Trukikaitis_Postimees, lk 62
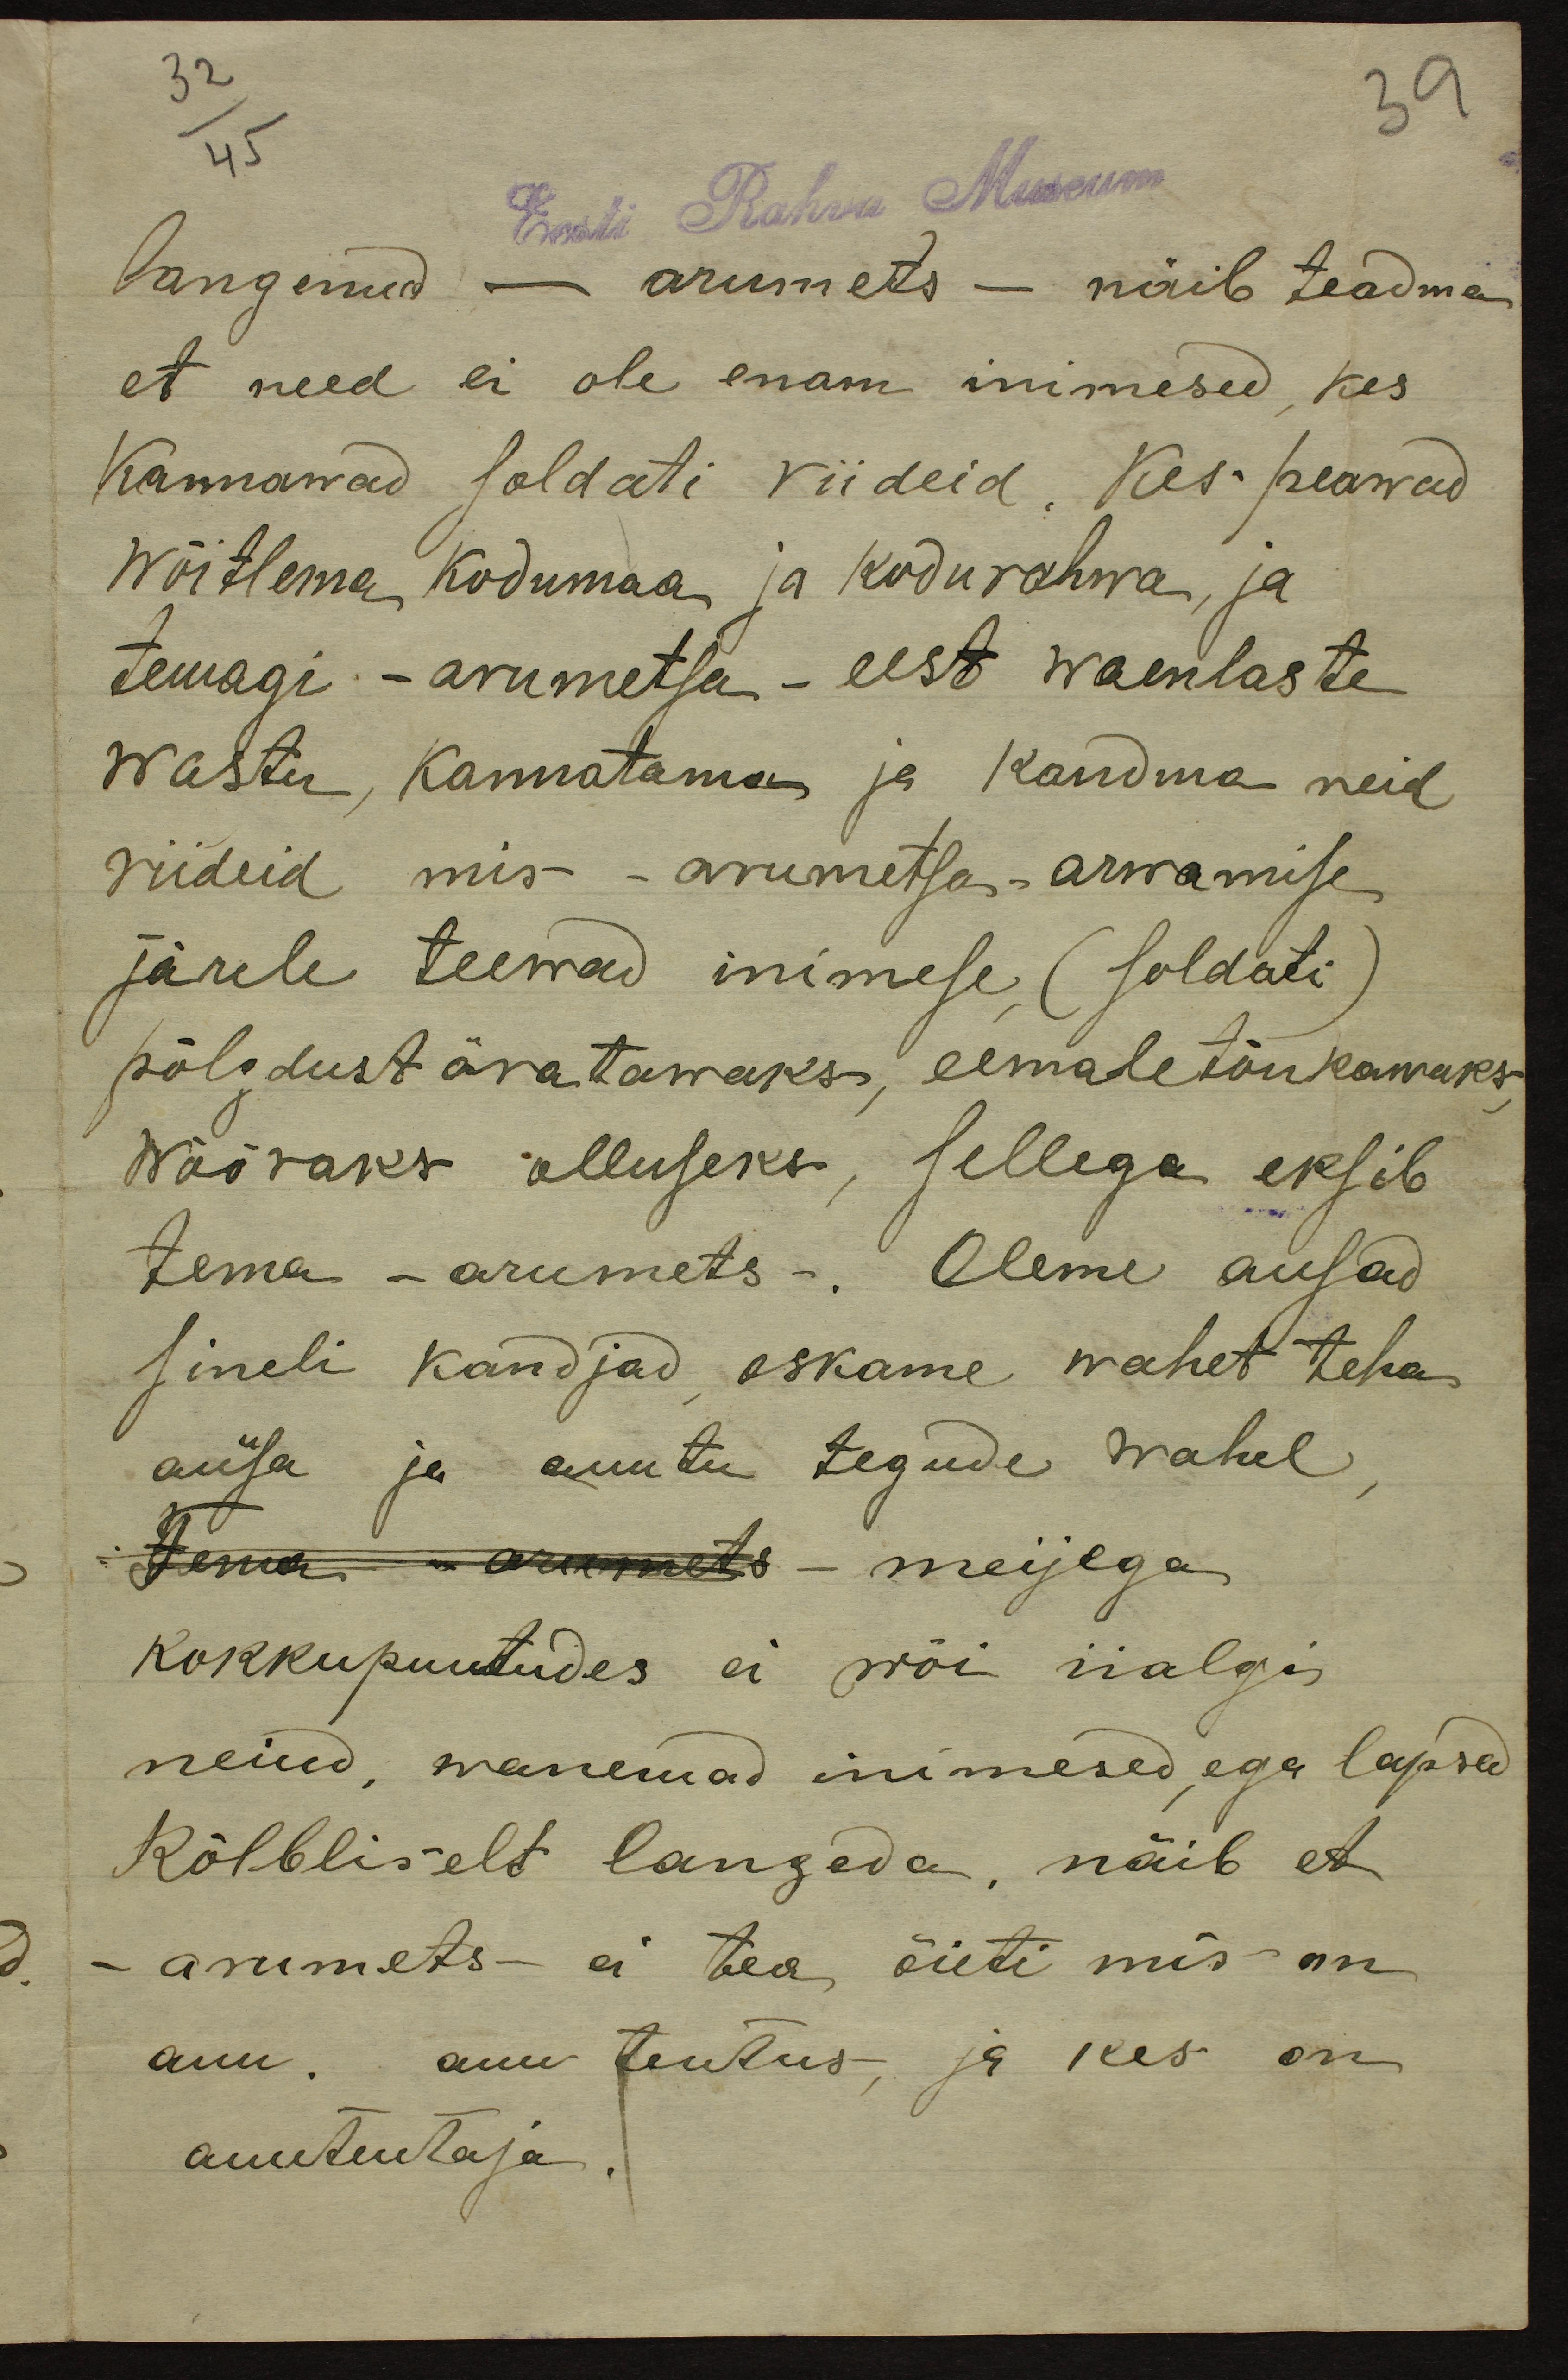
langenud - arumets - näib teadma
et need ei ole enam inimesed, kes
Kannawad soldati riideid, Kes peawad
wõitlema kodumaa ja kodurahwa ja
temagi - arumetsa - eest waenlaste
wastu, kannatama ja kandma neid
riideid mis - arumetsa - arwamise
järele teewad inimese (soldati
põlgdust äratamaks, eemaletõukamaks
wõõraks olluseks, sellega eksib
tema - arumets-. Oleme ausad
sineli kandjad oskame wahet teha
ausa ja auutu tegude wahel
tema arumets - meijega
kokkupuutudes ei wõi iialgi
neiud, wanemad inimesed, ega lapsed
Kõlbliselt langeda, näib et
- arumets - ei tea õieti mis on
auu. auuteutus, ja kes on
auuteutaja.